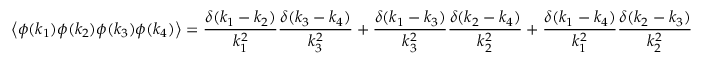
\left\langle \phi ( k _ { 1 } ) \phi ( k _ { 2 } ) \phi ( k _ { 3 } ) \phi ( k _ { 4 } ) \right\rangle = { \frac { \delta ( k _ { 1 } - k _ { 2 } ) } { k _ { 1 } ^ { 2 } } } { \frac { \delta ( k _ { 3 } - k _ { 4 } ) } { k _ { 3 } ^ { 2 } } } + { \frac { \delta ( k _ { 1 } - k _ { 3 } ) } { k _ { 3 } ^ { 2 } } } { \frac { \delta ( k _ { 2 } - k _ { 4 } ) } { k _ { 2 } ^ { 2 } } } + { \frac { \delta ( k _ { 1 } - k _ { 4 } ) } { k _ { 1 } ^ { 2 } } } { \frac { \delta ( k _ { 2 } - k _ { 3 } ) } { k _ { 2 } ^ { 2 } } }